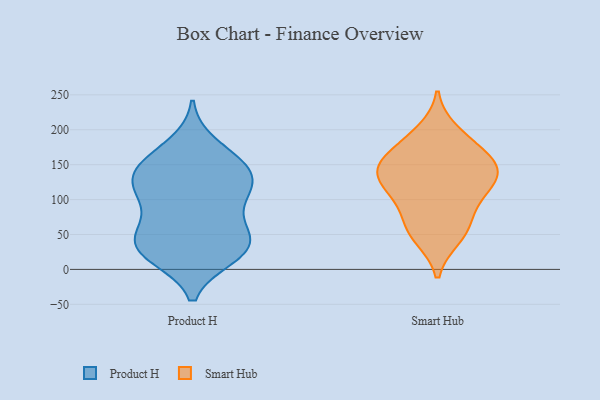
{"axis": {"x": "Shipments", "y": "Value"}, "legend": ["Product H", "Smart Hub"], "data": [{"x": "", "y": 96, "type": "Product H"}, {"x": "", "y": 24, "type": "Product H"}, {"x": "", "y": 118, "type": "Product H"}, {"x": "", "y": 152, "type": "Product H"}, {"x": "", "y": 142, "type": "Product H"}, {"x": "", "y": 52, "type": "Product H"}, {"x": "", "y": 39, "type": "Product H"}, {"x": "", "y": 125, "type": "Product H"}, {"x": "", "y": 112, "type": "Product H"}, {"x": "", "y": 50, "type": "Product H"}, {"x": "", "y": 22, "type": "Product H"}, {"x": "", "y": 154, "type": "Product H"}, {"x": "", "y": 178, "type": "Product H"}, {"x": "", "y": 57, "type": "Product H"}, {"x": "", "y": 29, "type": "Product H"}, {"x": "", "y": 107, "type": "Product H"}, {"x": "", "y": 142, "type": "Product H"}, {"x": "", "y": 19, "type": "Product H"}, {"x": "", "y": 169, "type": "Smart Hub"}, {"x": "", "y": 149, "type": "Smart Hub"}, {"x": "", "y": 67, "type": "Smart Hub"}, {"x": "", "y": 155, "type": "Smart Hub"}, {"x": "", "y": 150, "type": "Smart Hub"}, {"x": "", "y": 48, "type": "Smart Hub"}, {"x": "", "y": 198, "type": "Smart Hub"}, {"x": "", "y": 45, "type": "Smart Hub"}, {"x": "", "y": 113, "type": "Smart Hub"}, {"x": "", "y": 102, "type": "Smart Hub"}, {"x": "", "y": 185, "type": "Smart Hub"}, {"x": "", "y": 73, "type": "Smart Hub"}, {"x": "", "y": 113, "type": "Smart Hub"}, {"x": "", "y": 141, "type": "Smart Hub"}, {"x": "", "y": 131, "type": "Smart Hub"}, {"x": "", "y": 134, "type": "Smart Hub"}]}